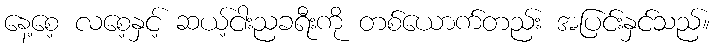
နေ့စေ့ လစေ့နှင့် ဆယ့်ငါးညခရီးကို တစ်ယောက်တည်း အပြင်းနှင်သည်။